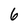
Character: 6